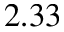
2 . 3 3